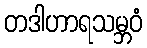
တဒါဟာရသမ္ဘဝံ